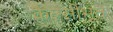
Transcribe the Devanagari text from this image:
कैल्सीभूत